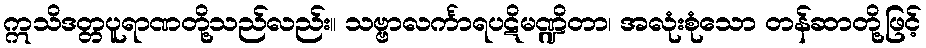
ဣသိဒတ္တပူရာဏတို့သည်လည်း။ သဗ္ဗာလင်္ကာရပဋိမဏ္ဍိတာ၊ အလုံးစုံသော တန်ဆာတို့ဖြင့်